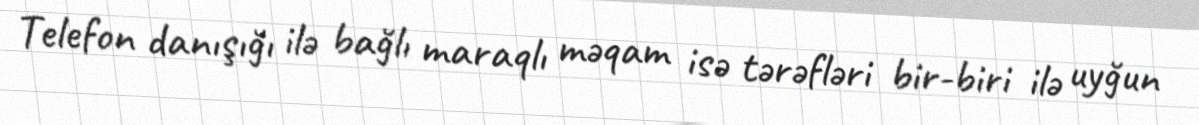
Telefon danışığı ilə bağlı maraqlı məqam isə tərəfləri bir-biri ilə uyğun